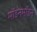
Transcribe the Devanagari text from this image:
मॉइनमॉइन